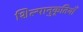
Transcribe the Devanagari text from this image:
शिल्पानुकृतियाँ